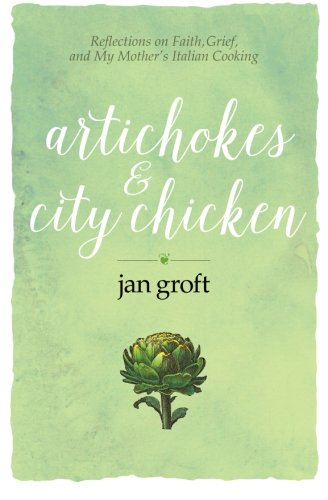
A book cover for Artichokes & City Chicken: Reflections on Faith, Grief, and My Mother's Italian Cooking; Jan Groft; Cookbooks, Food & Wine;